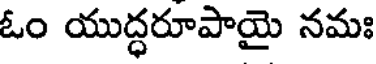
ఓం యుద్ధరూపాయై నమః